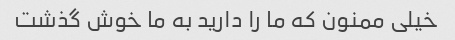
خیلی ممنون که ما را دارید به ما خوش گذشت